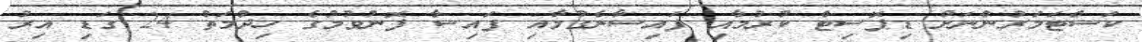
ކަސްޓަމަރުންނަށް ޑިޕޮސިޓް ކުރުމާއި ފައިސާނެގުމާއި ފައިސާ ފޮނުވުމުގެ ހިދުމަތް 24 ގަޑި އިރު